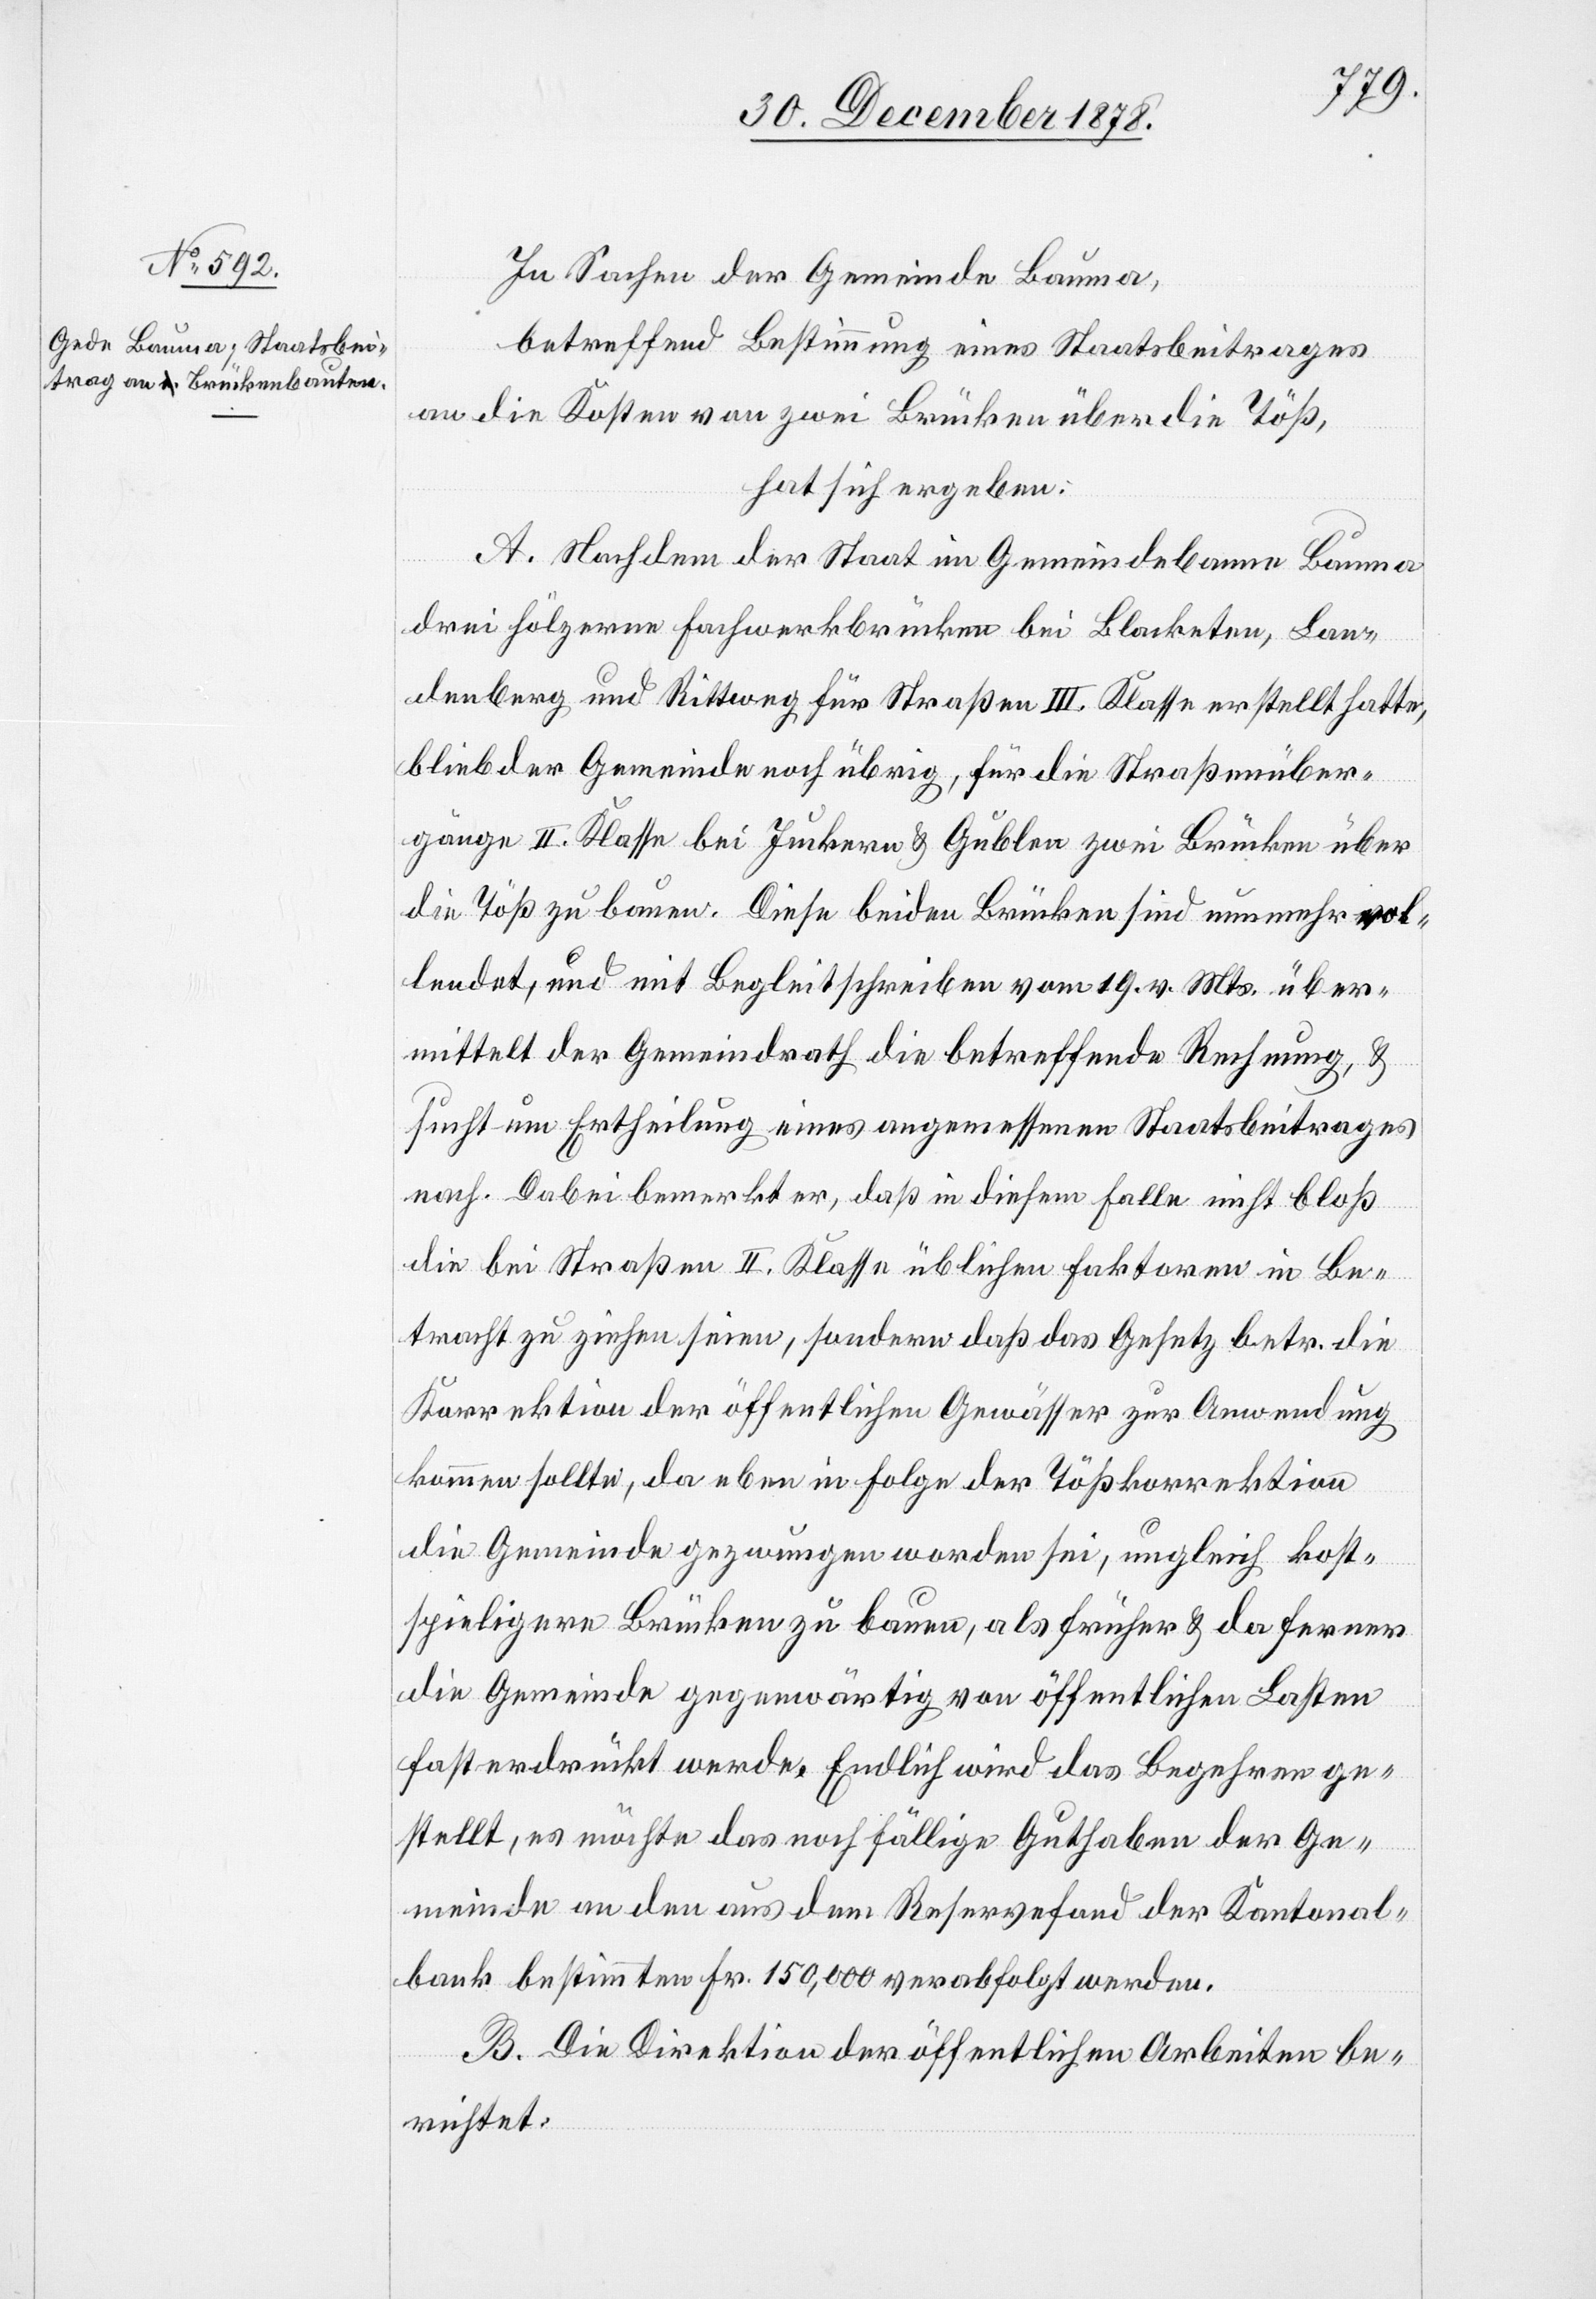
In Sachen der Gemeinde Bauma,
betreffend Bestimmung eines Staatsbeitrages
an die Kosten von zwei Brücken über die Töß,
hat sich ergeben:
A. Nachdem der Staat im Gemeindebanne Bauma
drei hölzerne Fachwerkbrücken bei Blacketen, Lan¬
denberg und Rittweg für Straßen III. Klasse erstellt hatte,
blieb der Gemeinde noch übrig, für die Straßenüber¬
gänge II. Klasse bei Juckern & Gubler zwei Brücken über
die Töß zu bauen. Diese beiden Brücken sind nunmehr vol¬
lendet, und mit Begleitschreiben vom 19. v. Mts. über¬
mittelt der Gemeindrath die betreffende Rechnung, &
sucht um Ertheilung eines angemessenen Staatsbeitrages
nach. Dabei bemerkt er, daß in diesem Falle nicht bloß
die bei Straßen II. Klasse üblichen Faktoren in Be¬
tracht zu ziehen seien, sondern daß das Gesetz betr. die
Korrektion der öffentlichen Gewässer zur Anwendung
kommen sollte, da eben in Folge der Tößkorrektion
die Gemeinde gezwungen worden sei, ungleich kost¬
spieligere Brücken zu bauen, als früher & da ferner
die Gemeinde gegenwärtig von öffentlichen Lasten
fast erdrückt werde. Endlich wird das Begehren ge¬
stellt, es möchte das noch fällige Guthaben der Ge¬
meinde an den aus dem Reservefond der Kantonal¬
bank bestimmten Fr. 150,000 verabfolgt werden.
B. Die Direktion der öffentlichen Arbeiten be¬
richtet: